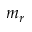
m _ { r }